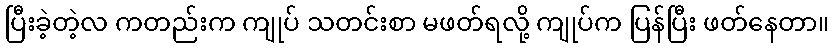
ပြီးခဲ့တဲ့လ ကတည်းက ကျုပ် သတင်းစာ မဖတ်ရလို့ ကျုပ်က ပြန်ပြီး ဖတ်နေတာ။